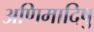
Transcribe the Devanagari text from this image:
अणिमादिषु